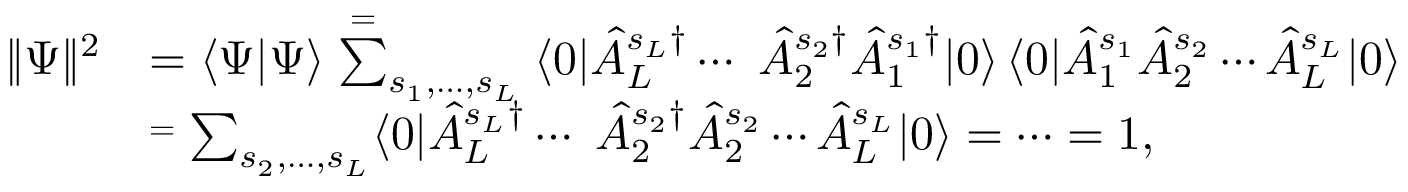
\begin{array} { r l } { \| \Psi \| ^ { 2 } } & { \textstyle = \langle \Psi | \Psi \rangle \stackrel { = } \sum _ { s _ { 1 } , \dotsc , s _ { L } } \langle 0 | \hat { A } _ { L } ^ { s _ { L } \dag } \dotsb \ \hat { A } _ { 2 } ^ { s _ { 2 } \dag } \hat { A } _ { 1 } ^ { s _ { 1 } \dag } | 0 \rangle \, \langle 0 | \hat { A } _ { 1 } ^ { s _ { 1 } } \hat { A } _ { 2 } ^ { s _ { 2 } } \dotsb \hat { A } _ { L } ^ { s _ { L } } | 0 \rangle } \\ & { \stackrel { = } \textstyle \sum _ { s _ { 2 } , \dotsc , s _ { L } } \langle 0 | \hat { A } _ { L } ^ { s _ { L } \dag } \dotsb \ \hat { A } _ { 2 } ^ { s _ { 2 } \dag } \hat { A } _ { 2 } ^ { s _ { 2 } } \dotsb \hat { A } _ { L } ^ { s _ { L } } | 0 \rangle = \dots = 1 , } \end{array}